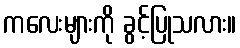
ကလေးများကို ခွင့်ပြုသလား။